Civil Veterinary Department. United Provinces 1932-42 - 1932-1942
Year: 1932
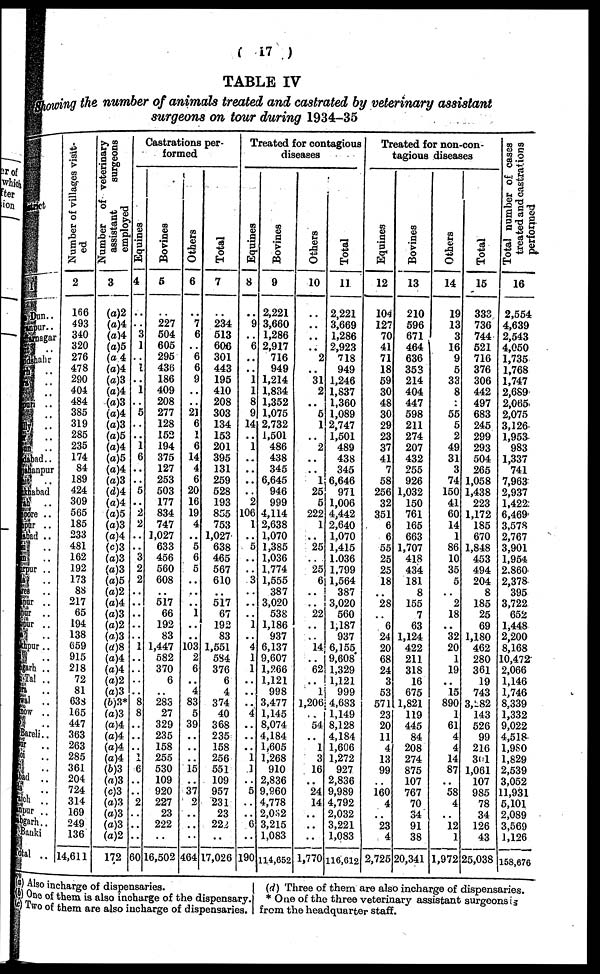
(17)
TABLE IV
Showing the number of animals treated and castrated by veterinary assistant
surgeons on tour during 1934-35
District
1
Dun..
juiiagar
ifchahr
flti ..
ly ..
V
an ..
Mad..
ybanpur
abad
ih|
..
.pore ..
per ..
led ..
ipur ..
..
mr ..
Tir
..
pur ..
hpur..
garh ..
Ta! ..
ft
nl ..
SOT . .
Bareli ..
ur ..
oi ..
..
bad ..
Such . .
npur ..
bgarh ..
Banki
Total ..
Number of villages visit-
ed
2
166
493
340
320
276
478
290
404
484
385
319
285
235
174
84
189
424
309
565
185
233
481
162
192
173
88
217
65
194
138
059
915
218
72
81
638
165
447
363
263
285
361
204
724
314
169
249
136
14,611
Number of veterinary
assistant
surgeons
employed
3
(a)2
(a)4
(a) 4
(a)5
(a) 4
(a)4
(a)3
(a)4
(a)3
(a)4
(a)3
(o)5
(a)4
(a)5
(a)4
(a)3
(d)4
(a)4
(a)5
(a)3
(a)4
(c)3
(a)3
(a)3
(a)5
(a)2
(a)4
(a)3
(a)2
(a)3
(a)8
(a)4
(a)4
(a)2
(a)3
(b)3*
(a)3
(a)4
(a)4
(a)4
(a)4
(b)3
(a)3
(c)3
(a)3
(a)3
(a)3
(a)2
172
Castrations per-
formed
Equines
4
..
..
3
1
..
..
..
1
..
5
..
..
1
6
..
..
5
..
2
2
..
..
3
2
2
..
..
..
..
..
..
..
..
8
8
..
..
..
1
6
..
..
2
..
..
..
60
Bo vines
5
..
227
504
605
295
436
186
409
208
277
128
152
194
375
127
253
503
177
834
747
1,027
633
456
560
608
..
517
66
192
83
1,447
582
370
6
..
283
27
329
235
158
255
530
109
920
227
23
222
..
16,502
Others
6
..
7
6
..
6
6
9
..
..
21
6
..
6
14
4
6
20
16
19
4
..
5
6
5
..
..
..
1
..
..
103
2
6
..
4
83
5
39
..
..
..
15
..
37
2
..
..
..
464
Total
7
..
234
513
606
301
443
195
410
208
303
134
153
201
395
131
259
528
193
855
753
1,027
638
465
567
G10
..
517
67
192
83
1,551
5S4
376
6
4
374
40
368
235
158
256
551
109
957
231
23
222
..
17,026
Treated for contagious
diseases
Equines
8
..
9
..
6
..
..
i
1
8
9
14
..
..
..
..
..
..
2
106
1
..
5
..
..
3
..
..
..
i
..
4
1
1
..
..
..
4
..
..
..
1
1
..
5
..
..
6
..
190
Bovines
9
2,221
3,660
1,286
2,917
716
949
1,214
1,834
1,352
1,075
2,732
1,501
486
438
345
6,645
946
999
4,114
2,638
1,070
1,385
1,036
1,774
1,555
387
3,020
538
1,186
937
6,137
9,607
l,266
1,121
998
3,477
1,145
8,074
4,184
1,605
1,268
910
2,836
9.960
4,778
2032
3,215
1,083
114,652
Others
10
..
..
..
..
2
..
31
2
..
5
1
..
2
..
..
1
25
5
222
1
..
25
..
25
6
..
..
22
..
..
14
..
62
..
1
1,206
..
54
..
1
3
16
..
24
14
..
..
..
1,770
Total
11
2,221
3,669
1,286
2,923
718
949
1,246
1,837
1,360
1,089
2,747
1,501
489
438
345
6,646
971
1,006
4,442
2,640
1,070
1,415
1,.036
1,799
1,564
387
3,020
560
1,187
937
6,155
9,608
1,329
1,121
999
4,633
1,149
8,128
4,184
1,666
1,272
927
2,836
9,989
4,792
2,032
3,221
1,083
116,612
Treated for non-con-
tagious diseases
Equines
12
104
127
70
41
71
18
59
30
48
30
29
23
37
41
7
58
256
32
351
6
6
55
25
25
18
..
28
..
6
24
20
68
24
3
53
571
23
20
11
4
13
99
..
160
4
..
23
4
2,725
Bovines
13
210
596
671
464
636
353
214
404
447
598
211
274
207
432
255
926
1,032
150
761
165
663
1,707
418
434
181
8
155
7
63
1,124
422
211
318
16
675
1,821
119
445
84
208
274
875
107
767
70
34
91
38
20,341
Others
14
19
13
3
16
9
5
33
8
..
55
5
2
49
31
3
74
150
41
60
14
1
86
10
35
5
..
2
18
..
32
20
1
19
..
15
890
1
61
4
4
14
87
..
58
4
..
12
1
1,972
Total
15
333
736
744
521
716
376
306
442
497
683
245
299
293
504
265
1,058
1,438
223
1,172
185
670
1,848
453
494
204
8
185
25
69
1,180
462
280
361
19
743
3,182
143
526
99
216
301
1,061
107
985
78
34
126
43
25,038
Total number of cases
treated and castrations
performed
16
2,554
4,639
2,543
4,050
1,735
1,768
1,747
2,689
2,065
2,075
3,126
1,953
983
1,337
741
7,963
2,937
1,422
6,469
3,578
2,767
3,901
1,954
2.860
2,378
395
3,722
652
1,448
2,200
8,168
10,472
2,066
1,146
1,746
8.339
1,332
9,022
4,518
1,980
1,829
2,539
3,052
11,931
5,101
2,089
3,569
1,126
153,870
(a) Also incharge of dispensaries.
(b) One of them is also incharge of the dispensary.
(c) Two of them are also incharge of dispensaries.
(d) Three of them are also incharge of dispensaries.
One of the three veterinary assistant surgeonses
from the headquarter staff.